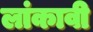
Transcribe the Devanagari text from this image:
लांकावी